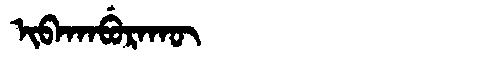
Manchu: ᡳᠪᠠᡴᠠᠪᡠᡵᠠᡴᡡ
Romanization: IBAKABURAKŪ